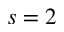
s = 2